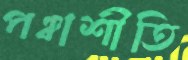
পঞ্চাশীতি